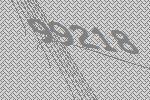
99218